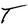
Character: T